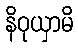
နိဝုယှာမိ